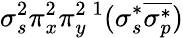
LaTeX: \sigma_{s}^{2}\pi_{x}^{2}\pi_{y}^{2}{}\, ^{1}(\sigma_{s}^{*}\overline{{\sigma_{p}^{*}}})